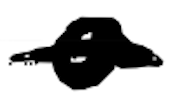
Text: a
Cross-out: single-line
Writing tool: digital_black